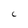
Character: C